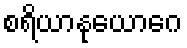
စရိယာနုယောဂေ